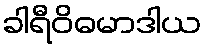
ခါရီဝိဓမာဒါယ